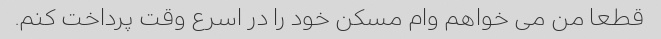
قطعا من می خواهم وام مسکن خود را در اسرع وقت پرداخت کنم.